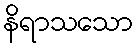
နိရာသသော